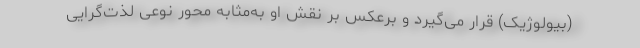
(بیولوژیک) قرار می‌گیرد و برعکس بر نقش او به‌مثابه محور نوعی لذت‌گرایی